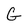
Character: G